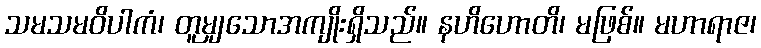
သမသမဝိပါကံ၊ တူမျှသောအကျိုးရှိသည်။ နဟိဟောတိ၊ မဖြစ်။ မဟာရာဇ၊